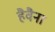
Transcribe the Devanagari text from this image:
हैवैना